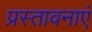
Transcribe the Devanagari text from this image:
प्रस्तावनाएं